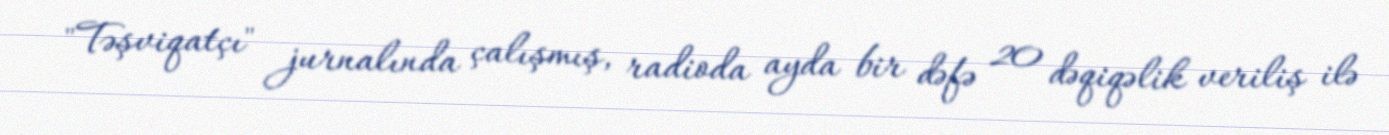
"Təşviqatçı" jurnalında çalışmış, radioda ayda bir dəfə 20 dəqiqəlik veriliş ilə